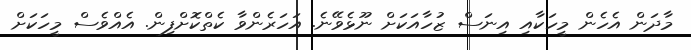
މާދަން އެހެން މީހަކާއި އިނަސް ޒުހާއަކަށް ނޫޅެވޭނެ. އަހަރެންވާ ކެތްކޮށްފިން. އެއްވެސް މީހަކަށް